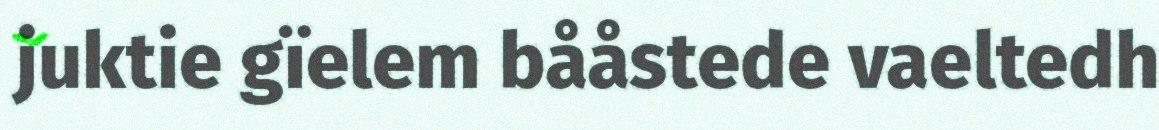
juktie gïelem bååstede vaeltedh